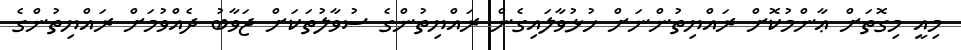
މިއީ މިގޮތަށް ޢާންމުކޮށް ރައްޔިތުންނަށް ހުޅުވާލައިގެން ރައްޔިތުންގެ ސުވާލުތަކަށް ޖަވާބު ދެއްވުމަށް ރައްޔިތުންގެ